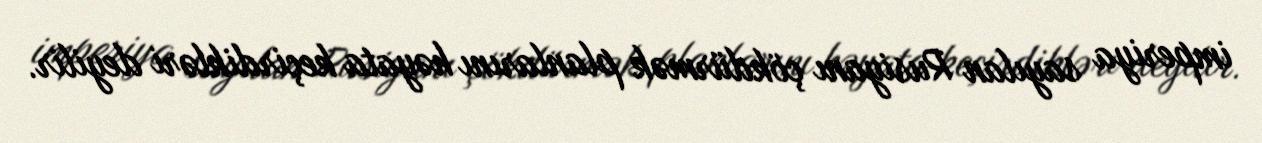
imperiya sayılan Rusiyanı çökdürmək planlarını həyata keçirdikləri deyilir.